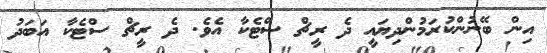
އިން ބޭނުންކުރަމުންދިޔައީ ދެ ރީޗް ސްޓެކާ އެވެ. ދެ ރީޗް ސްޓެކާ އަބަދު